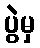
ပွဲမှ